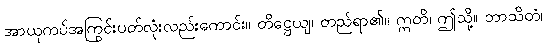
အာယုကပ်အကြွင်းပတ်လုံးလည်းကောင်း။ တိဋ္ဌေယျ၊ တည်ရာ၏။ ဣတိ၊ ဤသို့။ ဘာသိတံ၊